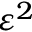
\varepsilon ^ { 2 }